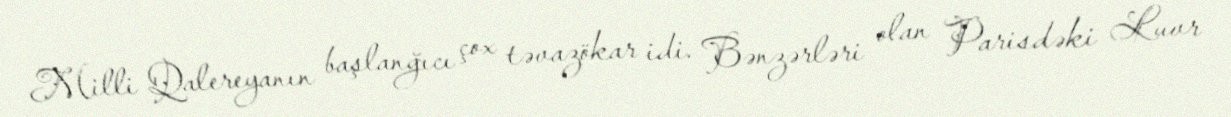
Milli Qalereyanın başlanğıcı çox təvazökar idi. Bənzərləri olan Parisdəki Luvr